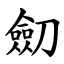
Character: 劎